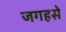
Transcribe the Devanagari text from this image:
जगहसे